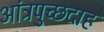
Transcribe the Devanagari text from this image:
आंत्रपुच्छदाह